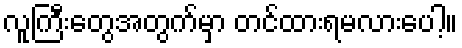
လူကြီးတွေအတွက်မှာ တင်ထားရမလားပေါ့။